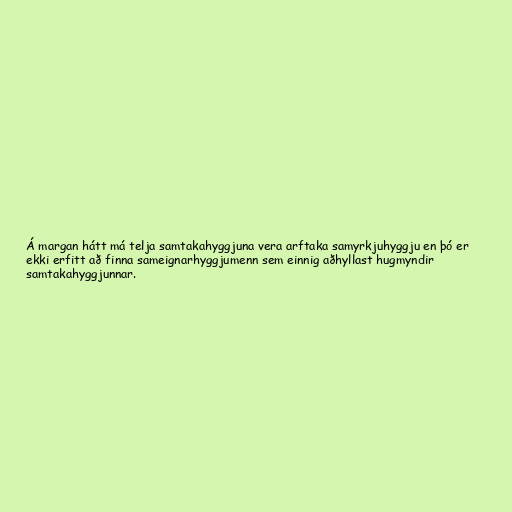
Á margan hátt má telja samtakahyggjuna vera arftaka samyrkjuhyggju en þó er
ekki erfitt að finna sameignarhyggjumenn sem einnig aðhyllast hugmyndir
samtakahyggjunnar.